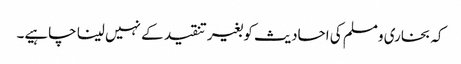
کہ بخاری ومسلم کی احادیث کو بغیر تنقید کے نہیں لینا چاہیے۔